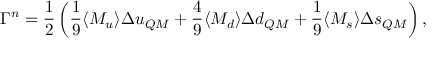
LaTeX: \Gamma ^ { n } = \frac { 1 } { 2 } \left( \frac { 1 } { 9 } \langle M _ { u } \rangle \Delta u _ { Q M } + \frac { 4 } { 9 } \langle M _ { d } \rangle \Delta d _ { Q M } + \frac { 1 } { 9 } \langle M _ { s } \rangle \Delta s _ { Q M } \right) ,